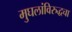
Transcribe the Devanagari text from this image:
मुघलांविरुद्धचा